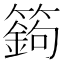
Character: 𥴴